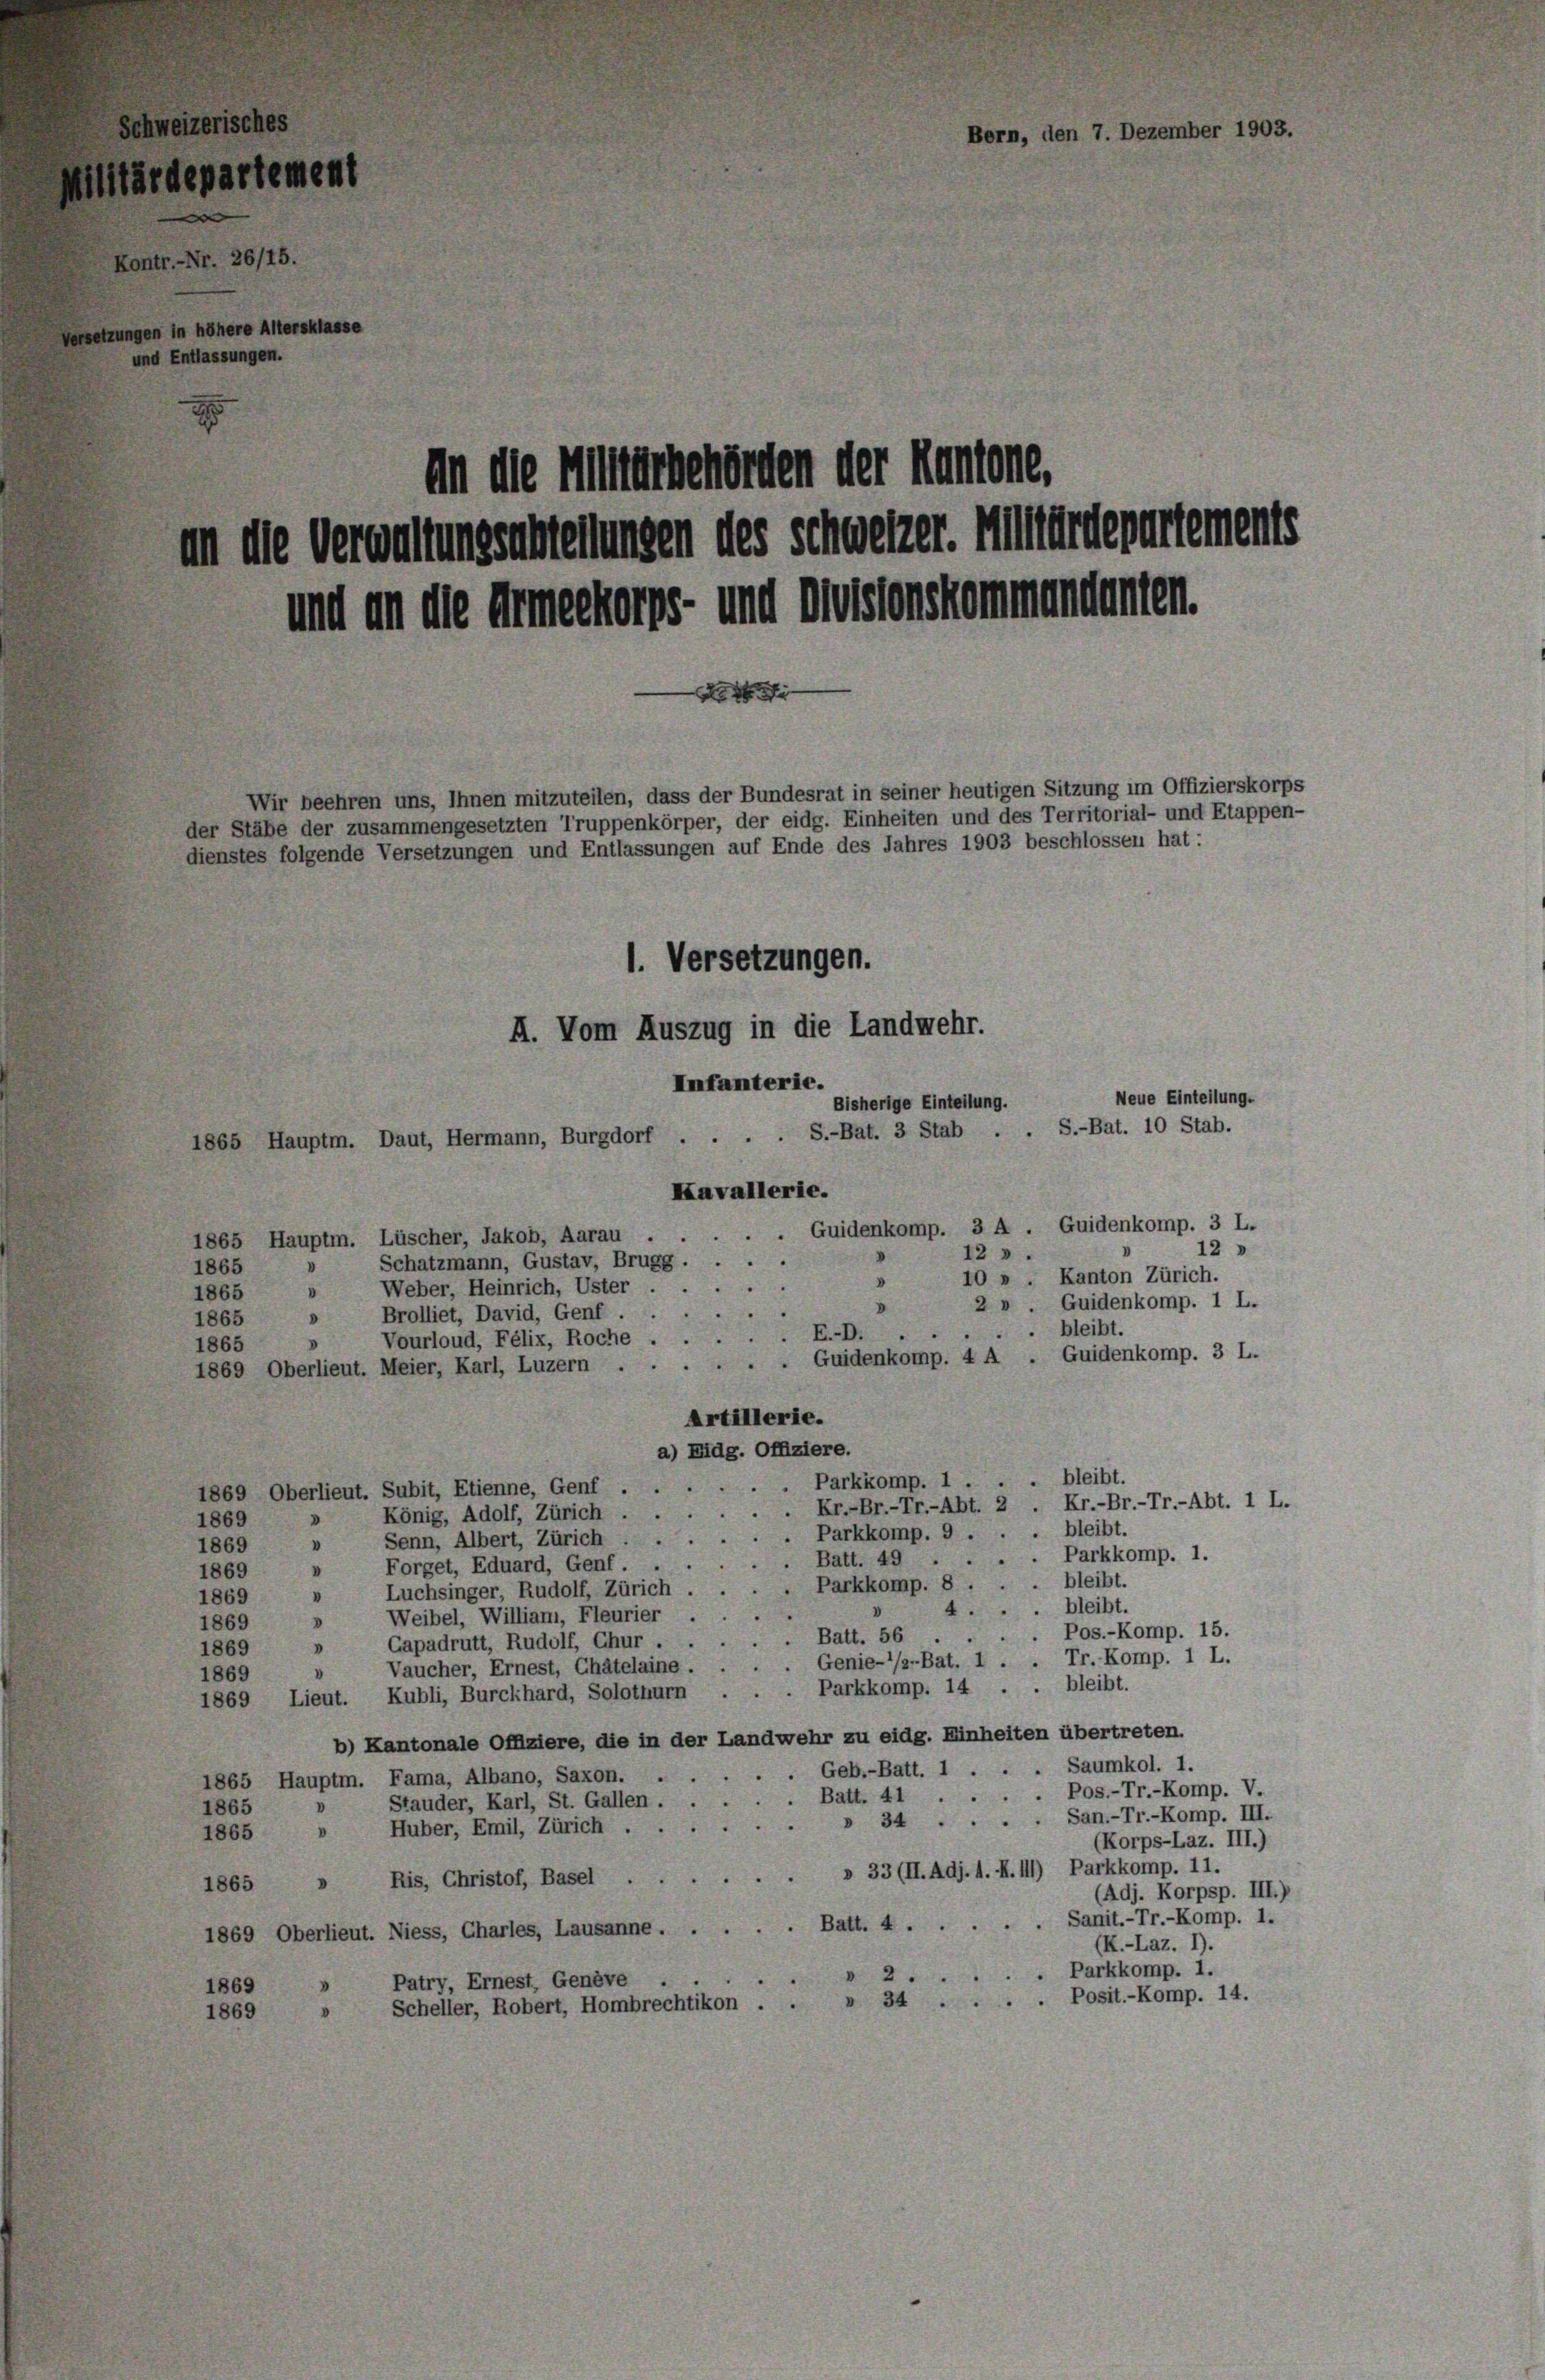
.

An die Mitterbehörden der Kantone,
mm die Verwaltungsabreitungen des schweizer. Altärdepartemente
und an die Armeekorps- und Meistenskommendenen.
i
Wir beehren uns, Ihnen mitzuteilen, dass der Bundesrat in seiner heutigen Sitzung im Offizierskorps
ler Stäbe der zusammengesetzten Truppenkörper, der eidg. Einheiten und des Territorial- und Etappen-
dienstes folgende Versetzungen und Entlassungen auf Ende des Jahres 1903 beschlossen hat:
1. Versetzungen.
I. Vom Auszug in die Landwehr.
Infanterie.
Neue Einteilung.
Bisherige Einteilung.
.S.-Bat. 3 Stab . . S.-Bat. 10 Stab.
1865 Hauptm. Daut, Hermann, Burgdorf

115.

Kavallerie.
. Guidenkomp. 3 A . Guidenkomp. 3 L.

1865 Hauptm. Lüscher, Jakob, Aarau
12 »
12 » .

Schatzmann, Gustav, Brugg.
1865
10 » . Kanton Zürich.
0
Weber, Heinrich, Uster .
.
1865
2 » . Guidenkomp. 1 L.
V
Brolliet, David, Genf . .
1865
bleibt.
E.-D.
Vourloud, Félix, Roche.
V
1865
Guidenkomp. 3 L.
. Guidenkomp. 4 A
1869 Oberlieut. Meier, Karl, Luzern . .
Artillerie.
a) Eidg. Offiziere.
bleibt.
. Parkkomp. 1.
1869 Oberlieut. Subit, Etienne, Genf .
. Kr.-Br.-Tr.-Abt. 2 . Kr.-Br.-Tr.-Abt. 1 L.
König, Adolf, Zürich.
1869
d
 Parkkomp. 9 . . . bleibt.
Senn, Albert, Zürich
"
1869
.. Parkkomp. 1.
. Batt. 49
Forget, Eduard, Genf.
V
1869
 bleibt.
. Parkkomp. 8.
Luchsinger, Rudolf, Zürich
"
1869
. bleibt.
4.
V
Weibel, William, Fleurier
V
1869
Pos.-Komp. 15.
 Batt. 56
Gapadrutt, Rudolf, Chur . .
1869
Vaucher, Ernest, Chätelaine . . . . Genie-/a-Bat. 1 . . Tr. Komp. 1 L.
V
1869
. bleibt.
Parkkomp. 14
1869, Lieut. Kubli, Burckhard, Solothurn
b) Kantonale Offiziere, die in der Landwehr zu eidg. Einheiten übertreten.
.Geb.-Batt. 1 . . . Saumkol. 1.
1865 Hauptm. Fama, Albano, Saxon. . .
. Pos.-Tr.-Komp. V.
Batt. 41.
Stauder, Karl, St. Gallen.
1865
» 34 . . . . San.-Tr.-Komp. III.
Huber, Emil, Zürich ...
.
1865
(Korps-Laz. III.)
Ris, Christof, Basel » 33 (II.Adj. 1. N. 111) Parkkomp. 11.
I
1865
(Adj. Korpsp. III.)
Sanit.-Tr.-Komp. 1.
Batt. 4
1869 Oberlieut. Niess, Charles, Lausanne ....
(K.-Laz. I).
. Parkkomp. 1.
 2
Patry, Ernest, Genève
1869
Scheller, Robert, Hombrechtikon . . » 34 . . . . Posit.-Komp. 14.
0
1869